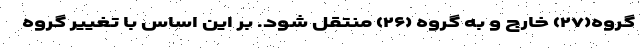
گروه(۲۷) خارج و به گروه (۲۶) منتقل شود. بر این اساس با تغییر گروه